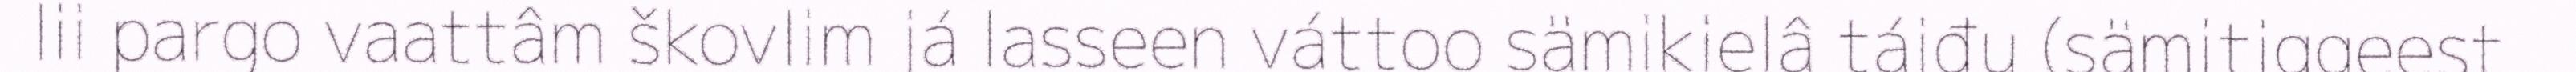
lii pargo vaattâm škovlim já lasseen váttoo sämikielâ táiđu (sämitiggeest